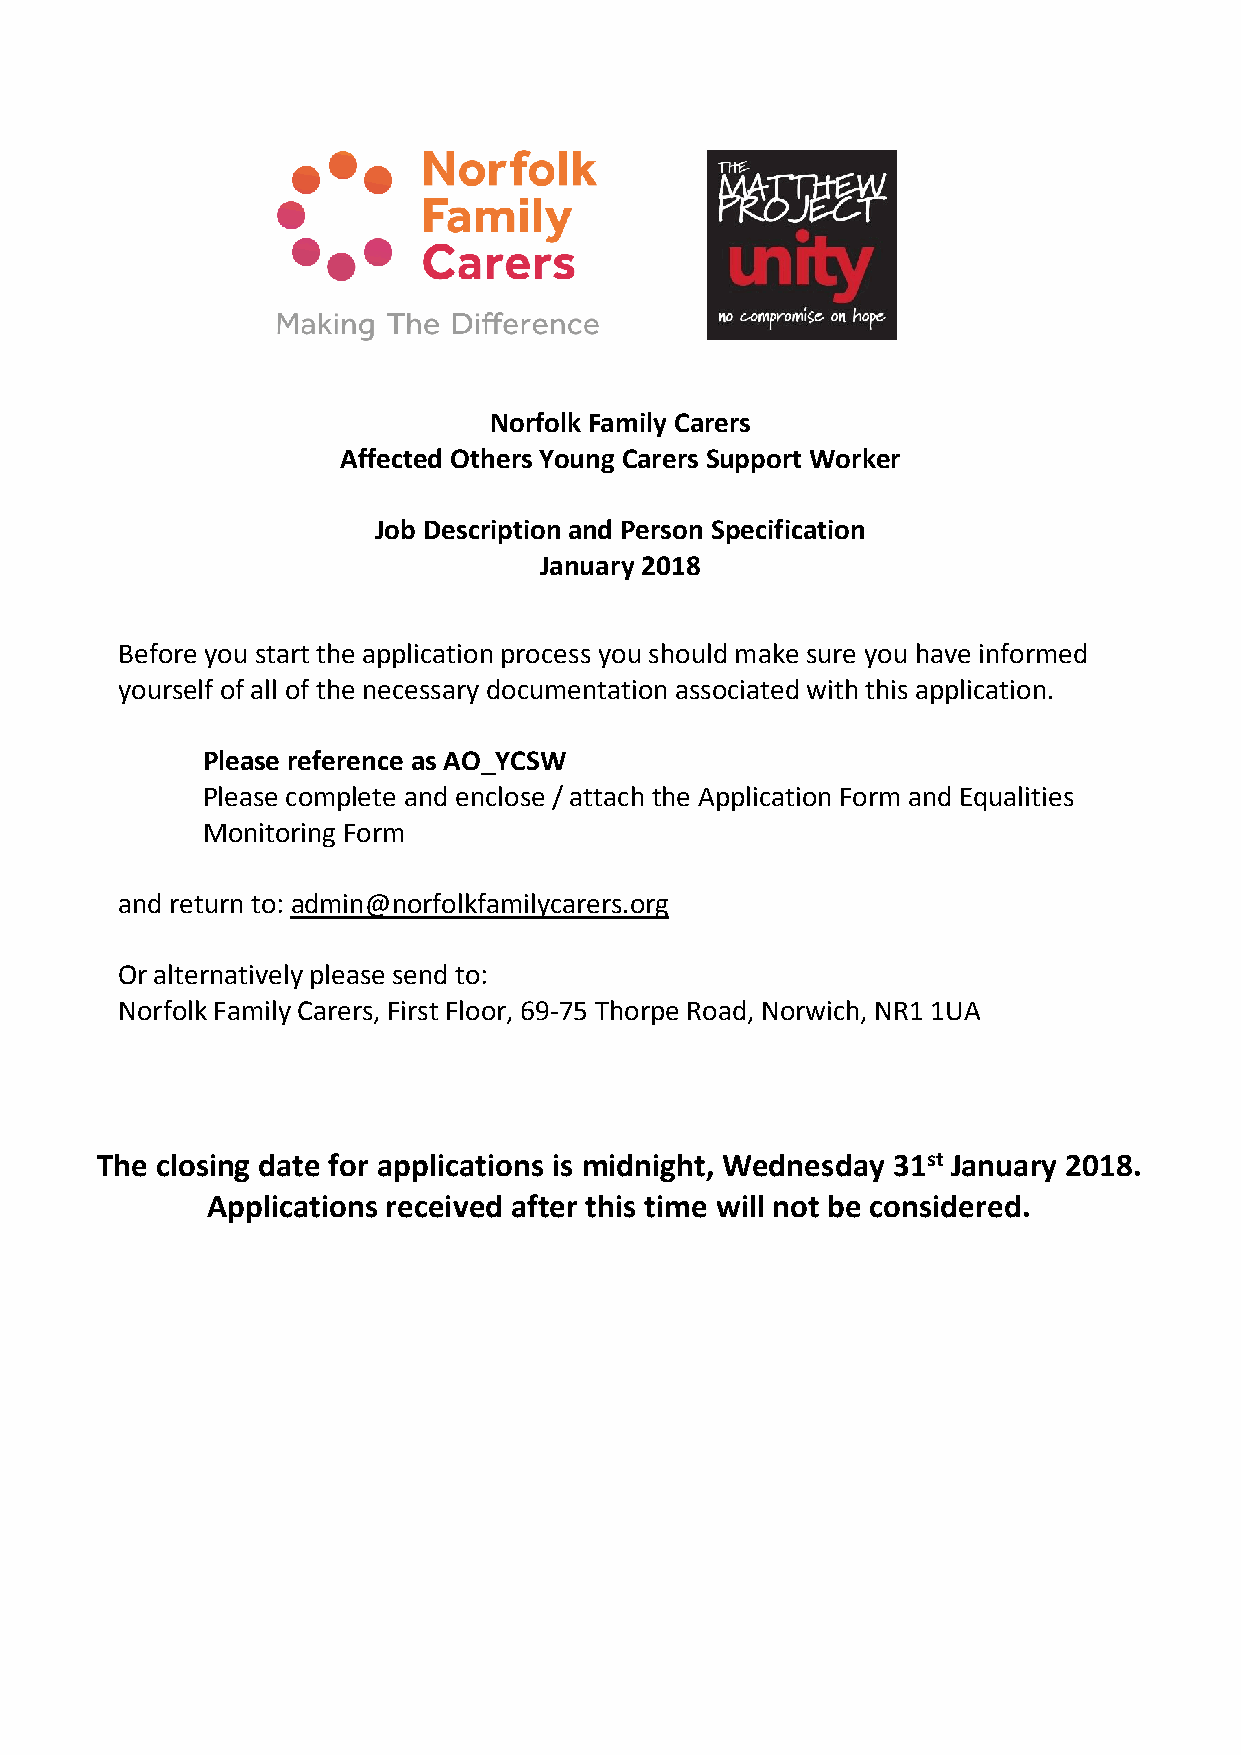
Norfolk Family Carers
 Affected Others Young Carers Support Worker
 Job Description and Person Specification
 January 2018
 Before you start the application process you should make sure you have informed
 yourself of all of the necessary documentation associated with this application.
 Please reference as AO_YCSW
 Please complete and enclose / attach the Application Form and Equalities
 Monitoring Form
 and return to: admin@norfolkfamilycarers.org
 Or alternatively please send to:
 Norfolk Family Carers, First Floor, 69-75 Thorpe Road, Norwich, NR1 1UA
 The closing date for applications is midnight, Wednesday 31st January 2018.
 Applications received after this time will not be considered.